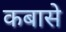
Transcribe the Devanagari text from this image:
कबासे